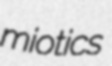
miotics